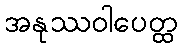
အနုဿဝါပေတ္ထ